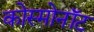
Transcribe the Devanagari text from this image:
कोस्मोनॉट